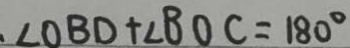
\cdot \angle O B D + \angle B O C = 1 8 0 ^ { \circ }